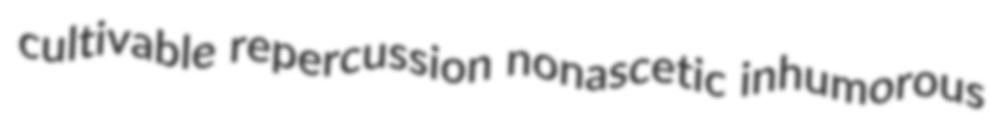
cultivable repercussion nonascetic inhumorous